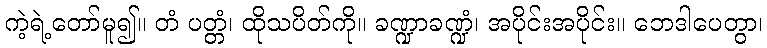
ကဲ့ရဲ့တော်မူ၍။ တံ ပတ္တံ၊ ထိုသပိတ်ကို။ ခဏ္ဍာခဏ္ဍံ၊ အပိုင်းအပိုင်း။ ဘေဒါပေတွာ၊